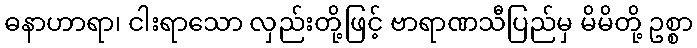
ဓနာဟာရာ၊ ငါးရာသော လှည်းတို့ဖြင့် ဗာရာဏသီပြည်မှ မိမိတို့ ဥစ္စာ